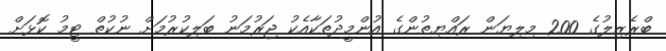
ބްރެޒިލުގެ 200 މިލިޔަން ރައްޔިތުންގެ އުންމީދުތަކާއެކު ޖަރުމަނު ބަލިކުރުމަށް ނުކުތް ޓީމު ކޮޅަށް